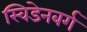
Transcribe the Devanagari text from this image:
स्विडेनबर्ग